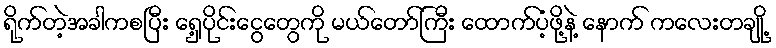
ရိုက်တဲ့အခါကစပြီး ရှေ့ပိုင်းငွေတွေကို မယ်တော်ကြီး ထောက်ပံ့ဖို့နဲ့ နောက် ကလေးတချို့